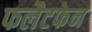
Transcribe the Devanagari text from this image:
फलैटफेन